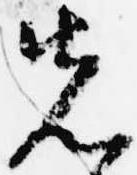
先